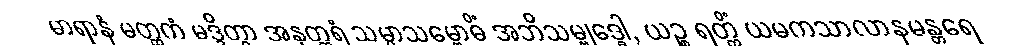
မာရာနံ မတ္ထကံ မဒ္ဒိတွာ အနုတ္တရံ သမ္မာသမ္ဗောဓိံ အဘိသမ္ဗုဒ္ဓေါ, ယဉ္စ ရတ္တိံ ယမကသာလာနမန္တရေ